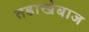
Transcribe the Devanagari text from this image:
तडाखेबाज